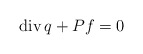
\begin{align*}{\rm div}\,q+Pf=0\end{align*}